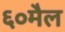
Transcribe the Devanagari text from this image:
६०मैल